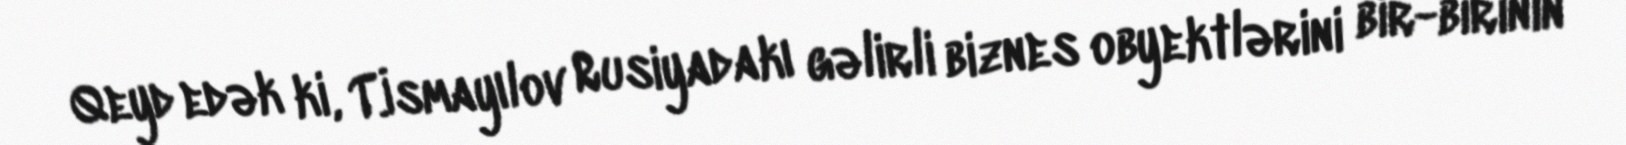
Qeyd edək ki, T.İsmayılov Rusiyadakı gəlirli biznes obyektlərini bir-birinin